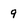
Character: 9